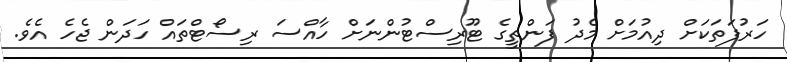
ހަރުފަތަކަށް ދިއުމަށް މެދު ފަންތީގެ ޓޫރިސްޓުންނަށް ހާއްސަ ރިސޯޓްތައް ހަދަން ޖެހެ އެވެ.